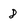
Character: 8